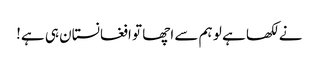
نے لکھا ہے لو ہم سے اچھا تو افغانستان ہی ہے!